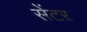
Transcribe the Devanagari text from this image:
सेंटऱ